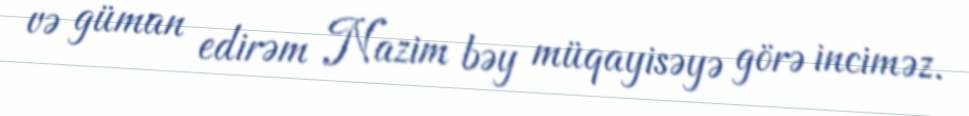
və güman edirəm Nazim bəy müqayisəyə görə inciməz.